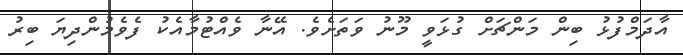
އާދަމްފުޅު ބިން މަންޗަށް ގުޅަވީ މޫނު ވަތަށެވެ. އޭނާ ވެއްޓުމާއެކު ފެވެމުންދިޔަ ބިރު